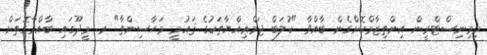
މިމިނިސްޓްރީން އިންތިޒާމްކޮށްގެން ބާއްވާ "ކުލަބް ޖަމްޢިއްޔާތަކުގެ ޤައުމީ މަޙާސިންތާ" ރ. މީދޫގައި ބާއްވާގޮތަށް